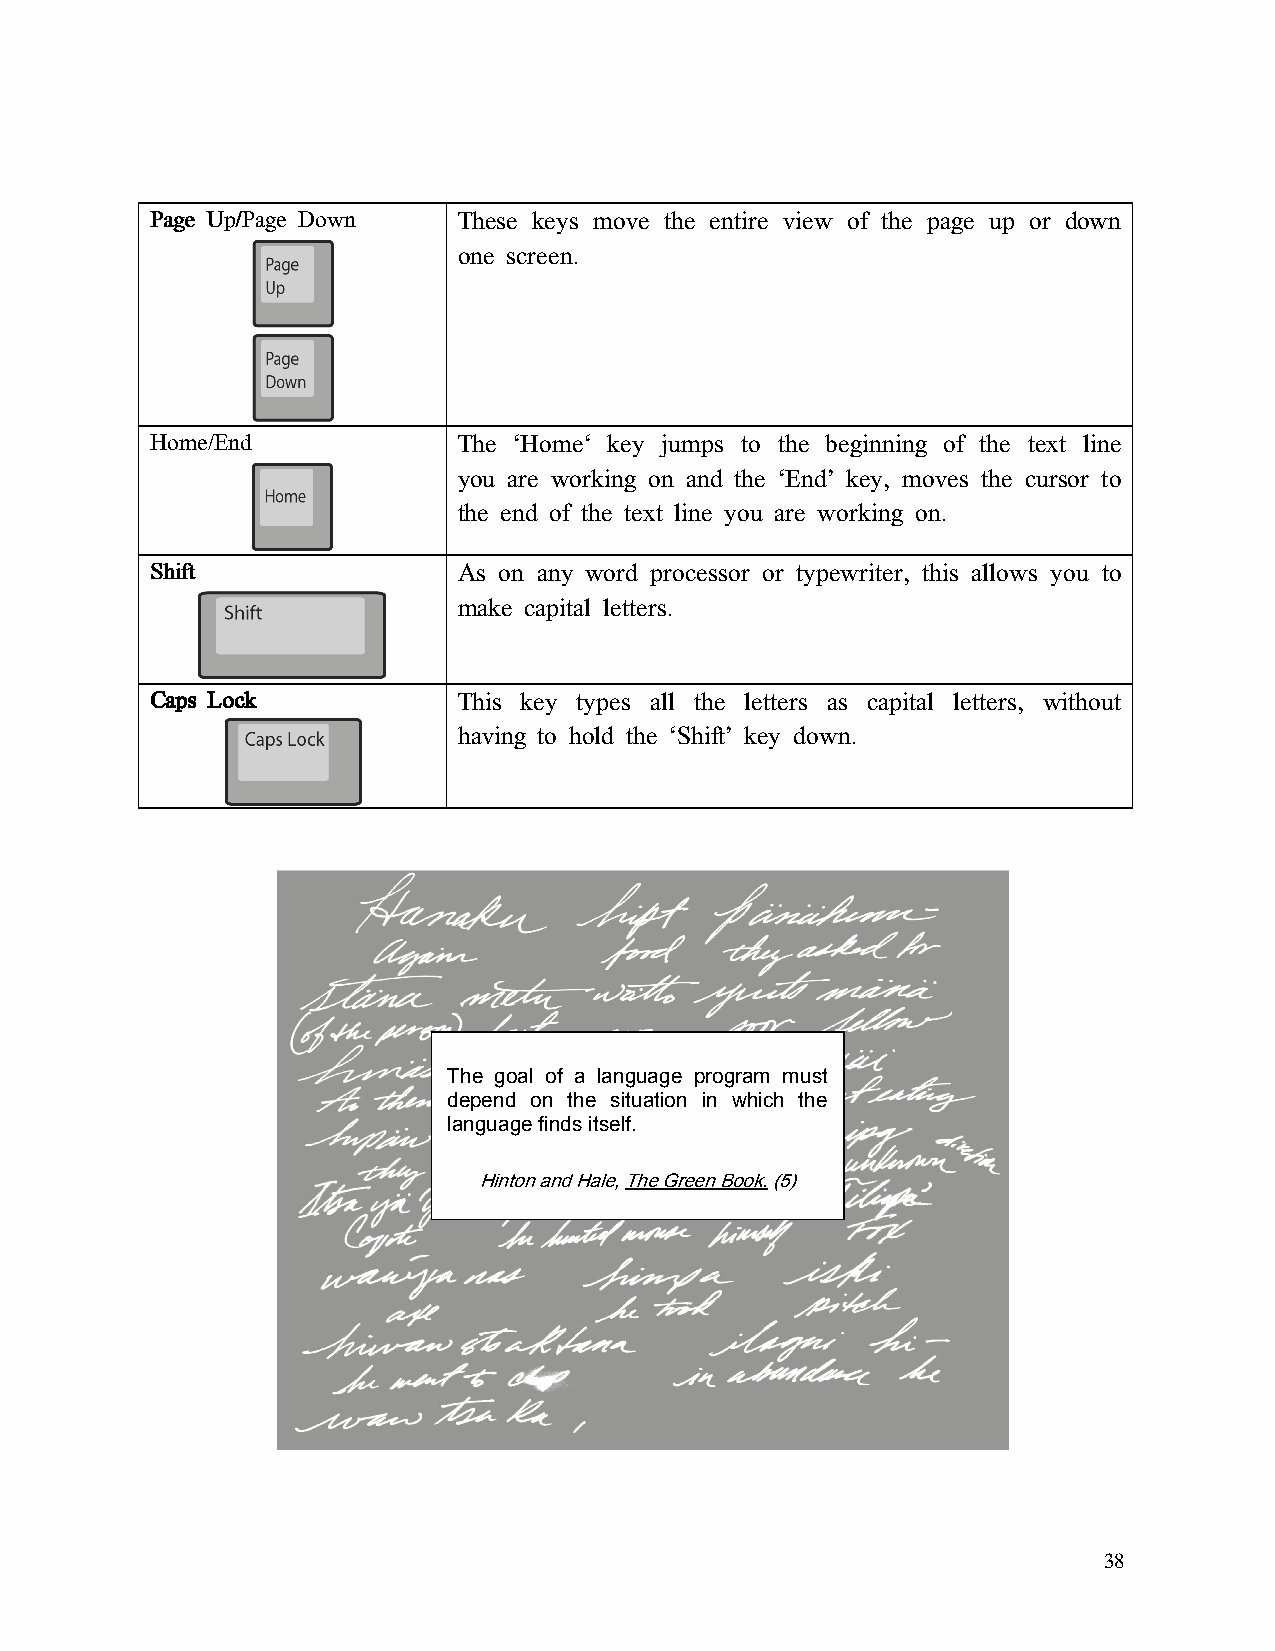
PPPPaaaaggggeeee UUUUpppp////PPPPaaaaggggeeee DDDDoooowwwwnnnn These keys move the entire view of the page up or down
 one screen.
 Home/End            The ‘Home‘ key jumps to the beginning of the text line
 you are working on and the ‘End’ key, moves the cursor to
 the end of the text line you are working on.
 SSSShhhhiiiifffftttt As on any word processor or typewriter, this allows you to
 make capital letters.
 CCCCaaaappppssss LLLLoooocccckkkk This key types all the letters as capital letters, without
 having to hold the ‘Shift’ key down.
 The goal of a language program must
 depend on the situation in which the
 language finds itself.
 Hinton and Hale, The Green Book. (5)
 38